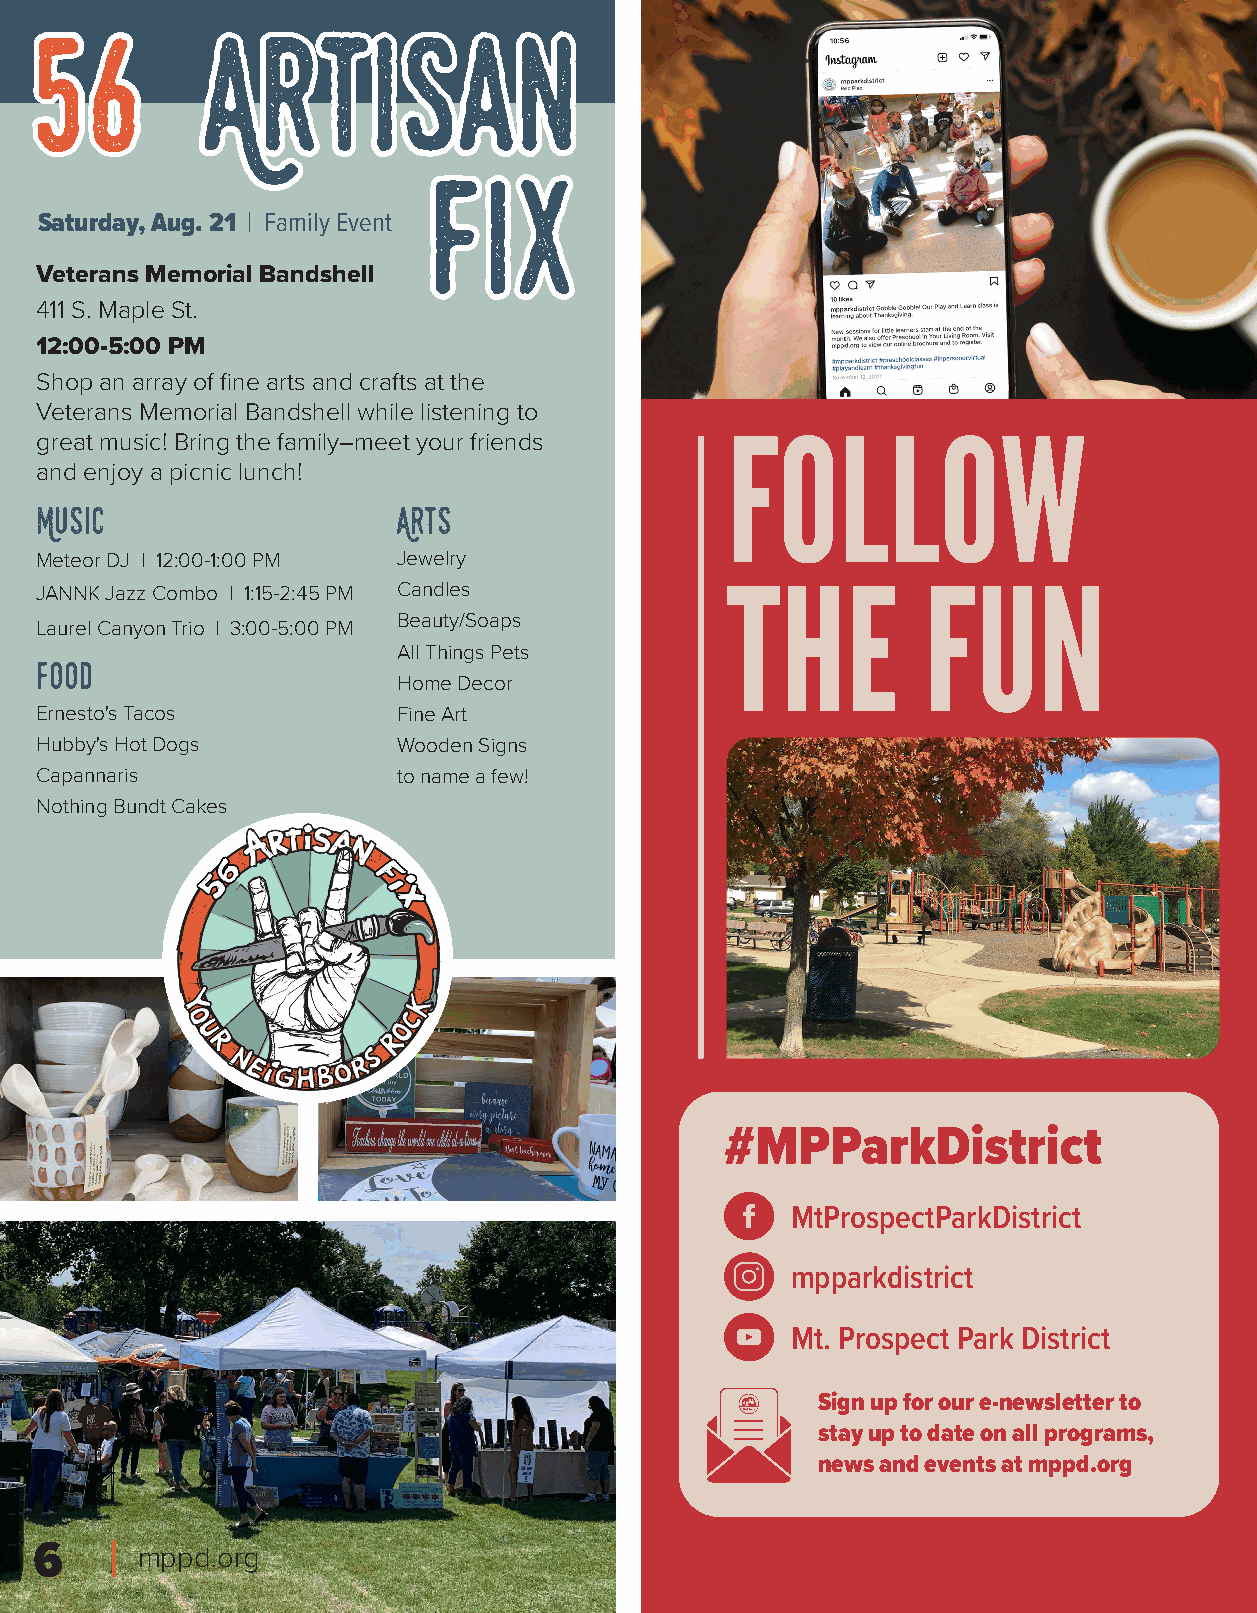
Saturday, Aug. 21 | Family Event
 Veterans Memorial Bandshell
 411 S. Maple St.
 12:00-5:00 PM
 Shop an array of fine arts and crafts at the
 Veterans Memorial Bandshell while listening to
 great music! Bring the family–meet your friends FOLLOW
 and enjoy a picnic lunch!
 Music                   Arts
 Meteor DJ | 12:00-1:00 PM Jewelry
 JANNK Jazz Combo | 1:15-2:45 PM Candles       THE          FUN
 Beauty/Soaps
 Laurel Canyon Trio | 3:00-5:00 PM
 All Things Pets
 Food
 Home Decor
 Ernesto's Tacos         Fine Art
 Hubby's Hot Dogs        Wooden Signs
 Capannaris              to name a few!
 Nothing Bundt Cakes
 #MPParkDistrict
 MtProspectParkDistrict
 mpparkdistrict
 Mt. Prospect Park District
 Sign up for our e-newsletter to
 stay up to date on all programs,
 news and events at mppd.org
 6      mppd.org